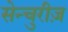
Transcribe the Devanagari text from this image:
सेन्चुरीज़